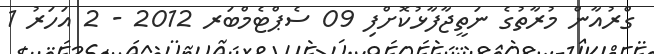
ގްރުއާން މުރާތުގެ ނަތީޖާފާޅުކޮށްފި 09 ސެޕްޓެމްބަރ 2012 - 2 އަހަރު 1